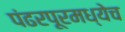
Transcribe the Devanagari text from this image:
पंढरपूरमध्येच